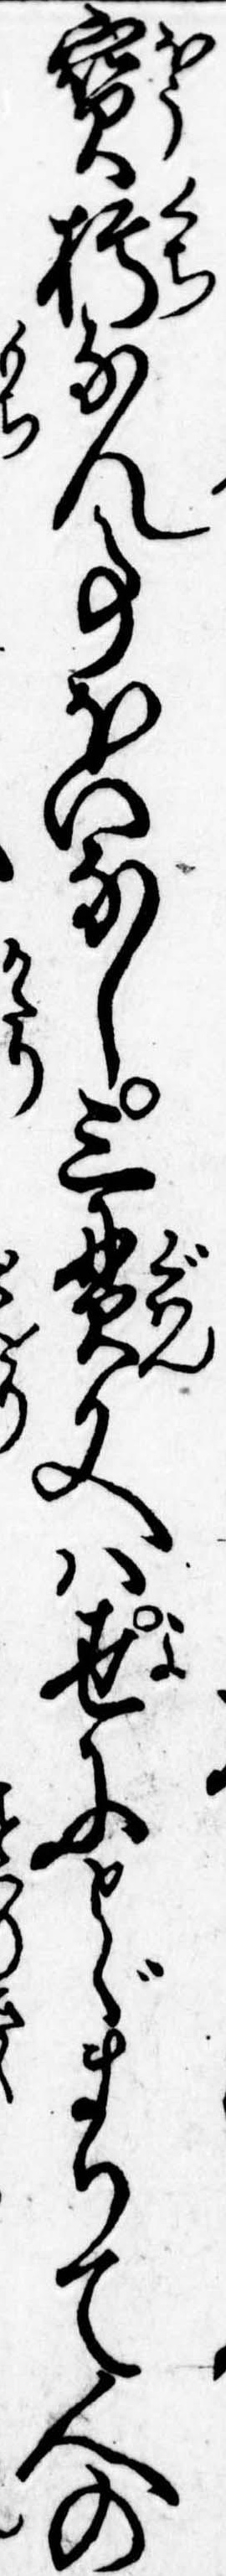
宝朽なん事ほいなし三貫文は世にとゞまりて人の